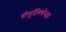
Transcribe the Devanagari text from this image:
श्रीमूर्तिवर्णनात